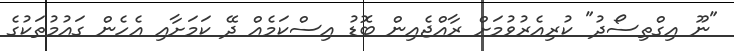
"ނޫ އިގްތިސޯދު" ކުރިއެރުވުމަށް ރާއްޖެއިން ބޮޑު އިސްކަމެއް ދޭ ކަމަށާއި އެހެން ގައުމުތަކުގެ